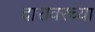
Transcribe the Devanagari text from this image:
दारावरच्या